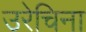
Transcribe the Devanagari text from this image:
उरेचिना